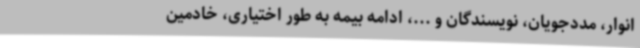
انوار، مددجویان، نویسندگان و ...، ادامه بیمه به طور اختیاری، خادمین